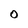
Character: 0